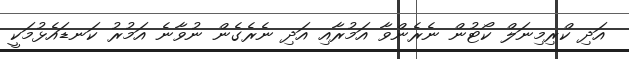
އަދި ކްރިމިނަލް ކޯޓުން ނެރެންވާ އަމުރާއި އަދި ނެރެގެން ނުވާނެ އަމުރު ކަނޑައެޅުމަކީ